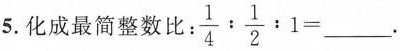
5.化成最简整数比：$$\frac{1}{4}: \frac{1}{2}:1=___$$.